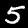
Digit: 5